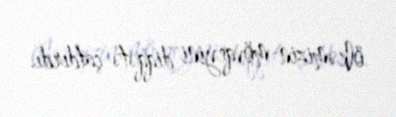
ölkəmizin mövqeyini diqqətə çatdırdı.